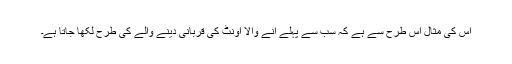
اس کی مثال اس طرح سے ہے کہ سب سے پہلے آنے والا اونٹ کی قربانی دینے والے کی طرح لکھا جاتا ہے۔